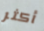
أكثر